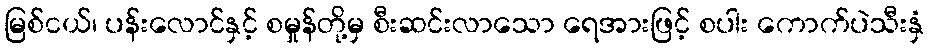
မြစ်ငယ်၊ ပန်းလောင်နှင့် စမှုန်တို့မှ စီးဆင်းလာသော ရေအားဖြင့် စပါး ကောက်ပဲသီးနှံ